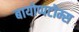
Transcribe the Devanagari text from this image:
बायोप्पटोम्स